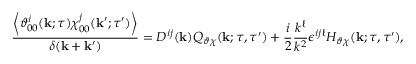
\frac { \left\langle { \vartheta _ { 0 0 } ^ { i } ( { \bf { k } } ; \tau ) \chi _ { 0 0 } ^ { j } ( { \bf { k } } ^ { \prime } ; \tau ^ { \prime } ) } \right\rangle } { \delta ( { \bf { k } } + { \bf { k } } ^ { \prime } ) } = D ^ { i j } ( { \bf { k } } ) Q _ { \vartheta \chi } ( { \bf { k } } ; \tau , \tau ^ { \prime } ) + \frac { i } { 2 } \frac { k ^ { \ell } } { k ^ { 2 } } \epsilon ^ { i j \ell } H _ { \vartheta \chi } ( { \bf { k } } ; \tau , \tau ^ { \prime } ) ,